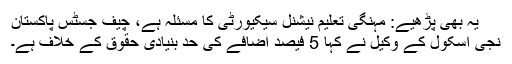
یہ بھی پڑھیے: مہنگی تعلیم نیشنل سیکیورٹی کا مسئلہ ہے، چیف جسٹس پاکستان
نجی اسکول کے وکیل نے کہا 5 فیصد اضافے کی حد بنیادی حقوق کے خلاف ہے۔